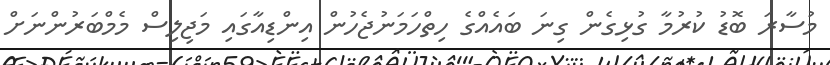
މުސާރަ ބޮޑު ކުރުމާ ގުޅިގެން ގިނަ ބައެއްގެ ހިތްހަމަނުޖެހުން އިންޑިއާގައި މަޖިލިސް މެމްބަރުންނަށް